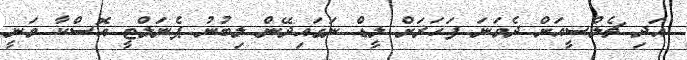
އަދި ޗެލްސީއަށް ދެވަނަ ފަހަރަށް ލީޑް ނަގައިދޭން ލިބުނު ޕެނަލްޓީ އޮސްކާ ވަނީ